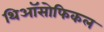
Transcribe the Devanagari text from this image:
थिऑसोफिकल